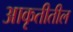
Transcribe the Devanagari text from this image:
आकृतीतील